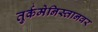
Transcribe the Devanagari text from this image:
तुर्कमेनिस्तानवर